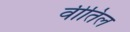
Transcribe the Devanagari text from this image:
वीतिल